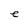
Character: e